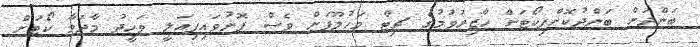
ބަންދަށް ބަންދުކޮށްފިކޯޓަށް ހާޒިރުވުމުގެ ޗިޓް މަހުލޫފަށް ވެސް ފޮނުވައިފިއަލީ ވަހީދު މާދަމާ ކޯޓަށް